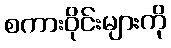
စကားဝိုင်းများကို